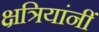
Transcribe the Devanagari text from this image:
क्षत्रियांनीं